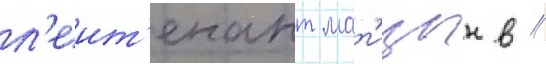
л'еит'енант мат'ицын в //